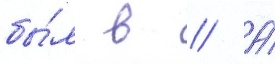
бы́л в // А́